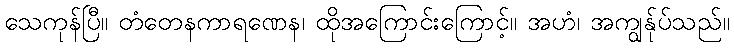
သေကုန်ပြီ။ တံတေနကာရဏေန၊ ထိုအကြောင်းကြောင့်။ အဟံ၊ အကျွန်ုပ်သည်။